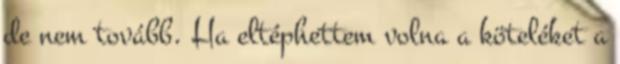
de nem tovább. Ha eltéphettem volna a köteléket a